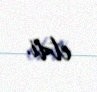
etdi.